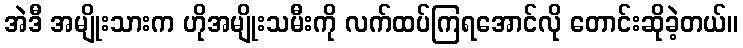
အဲဒီ အမျိုးသားက ဟိုအမျိုးသမီးကို လက်ထပ်ကြရအောင်လို တောင်းဆိုခဲ့တယ်။